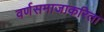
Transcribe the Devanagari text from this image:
वर्णसमाजाकरिता